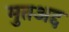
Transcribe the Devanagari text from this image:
मुतअद्द